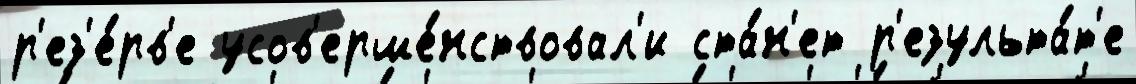
р'ез'е́рв'е усов'ерше́нствовал'и ста́н'ет р'езульта́т'е